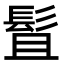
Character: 䯶